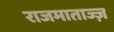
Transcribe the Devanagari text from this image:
राजमाताज्ज़